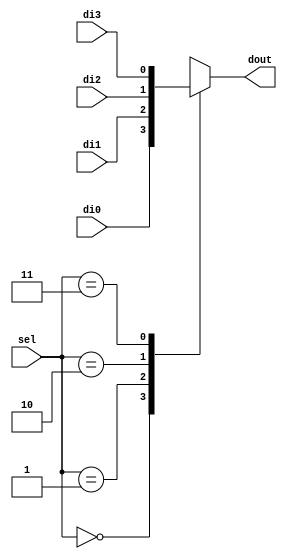
`timescale 1ns / 1ps
//////////////////////////////////////////////////////////////////////////////////
// Company: Faculty of Electronics, Telecommunications and Information Technology of Iasi
// 
// Design Name: 
// Module Name: MUX4_1b
// Project Name: 
// Target Devices: 
// Tool Versions: 
// Description: 
// 
// Dependencies: 
// Additional Comments:
// 
//////////////////////////////////////////////////////////////////////////////////


module MUX4_1b(
	input di0,
  input di1,
  input di2,
  input di3,
  input [1:0] sel,
  output reg dout
  );
    
	always @ (di0 or di1 or di2 or di3 or sel) begin
		case (sel)
			2'b00 : dout <= di0;
			2'b01 : dout <= di1;
			2'b10 : dout <= di2;
			2'b11 : dout <= di3;
			default: dout <= 1'bx;
		endcase
	end
endmodule